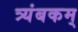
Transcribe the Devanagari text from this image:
त्र्यंबकम्